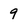
Character: 9